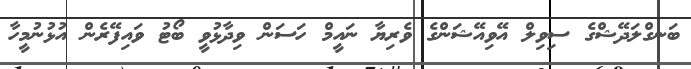
ބަނގްލަދޭޝްގެ ސިވިލް އޭވިއޭޝަންގެ ވެރިޔާ ނައީމް ހަސަން ވިދާޅުވީ ބޯޓު ވައިފޭރެން އުޅުނުމީހާ